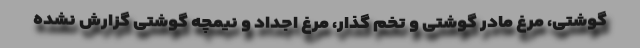
گوشتی، مرغ مادر گوشتی و تخم گذار، مرغ اجداد و نیمچه گوشتی گزارش نشده